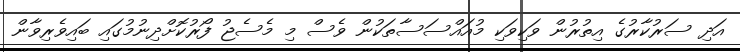
އަދި ސަރުކާރުގެ އިތުރުން ވަކިވަކި މުއައްސަސާތަކުން ވެސް މި މެސެޖު ފޯރުކޮށްދިނުމުގައި ބައިވެރިވާން